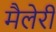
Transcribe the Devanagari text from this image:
मैलेरी